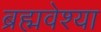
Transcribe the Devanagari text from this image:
ब्रह्मवेश्या